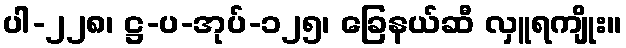
ပါ-၂၂၈၊ ဋ္ဌ-ပ-အုပ်-၁၂၅၊ ခြေနယ်ဆီ လှူရကျိုး။